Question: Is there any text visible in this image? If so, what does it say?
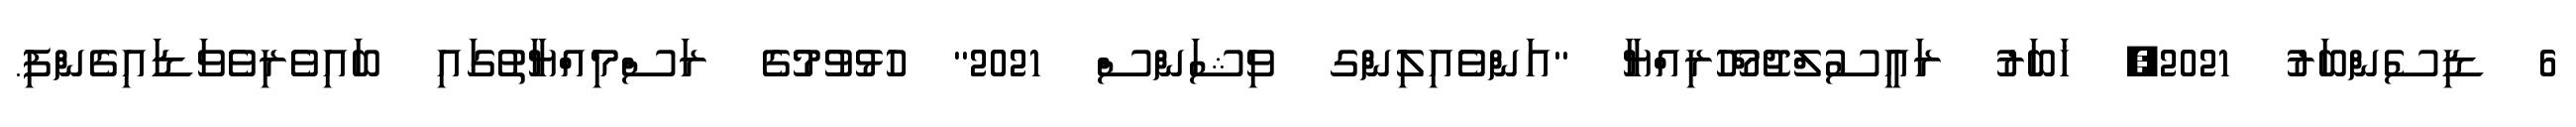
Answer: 6 ޑިސެންބަރު 2021, ޚަބަރު ރައީސުލްޖުމްހޫރިއްޔާ "އަންވެއިލިންގ ވިޝަންސް 2021" ހުޅުވުމުގެ ރަސްމިއްޔާތުގައި ބައިވެރިވެވަޑައިގެންފި.